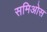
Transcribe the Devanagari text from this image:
समिओस